Report on vaccination in Madras 1904-1921 - 1904-1921
Year: 1904
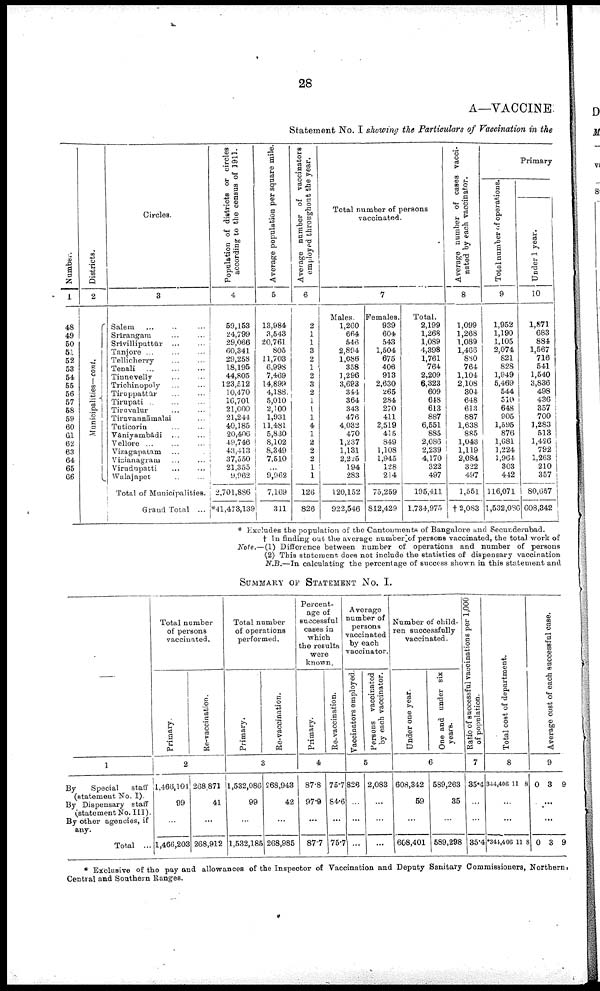
28
A—VACCINE.
Statement No. I showing the Particulars of Vaccination in the
Number.
1
48
49
50
51
52
53
54
55
56
57
58
59
60
61
62
63
64
65
66
Districts.
2
Municipalities— cont.
Circles.
3
Salem ... ... ...
Srirangam ... ...
Srivilliputtūr
...
...
Tanjore ... ... ...
Tellicherry ... ...
Tenali
...
...
...
Tinnevelly ... ...
Trichinopoly ... ...
Tiruppattūr ... ...
Tirupati ... ... ...
Tiruvalur ... ...
Tiruvannāmalai ...
Tuticorin ... ...
Vāniyambadi ... ...
Vellore ... ... ...
Vizagapatam ... ...
Vizianagram ... ...
Virudupatti ... ...
Walajapet ... ...
Total of Municipalities.
Grand Total ...
Population of districts or circles
according to the census of 1911.
4
59,153
24,799
29,066
60,341
29,258
18,195
44,805
123,512
10,470
16,701
21,000
21,244
40,185
20,406
49,746
43,413
37,550
21,355
9,962
2,701,886
*41,473,139
Average population per square mile.
5
13,984
3,543
20,761
805
11,703
6,998
7,469
14,899
4,188
5,010
2,100
1,931
11,481
5,830
8,102
8,349
7,510
...
9,962
7,169
311
Average number of vaccinators
employed throughout the year.
6
2
1
1
3
2
1
2
3
2
1
1
1
4
1
2
2
2
1
1
126
826
Total number of persons
vaccinated.
7
Males.
1,260
664
546
2,894
1,086
358
1,296
3,693
344
364
343
476
4,032
470
1,237
1,131
2,225
194
283
120,152
922,546
Females.
939
604
543
1,504
675
406
913
2,630
265
284
270
411
2,519
415
849
1,108
1,945
128
214
75,259
812,429
Total.
2,199
1,268
1,089
4,398
1,761
764
2,209
6,323
609
648
613
887
6,551
885
2,086
2,239
4,170
322
497
195,411
1,734,975
Average number of cases vacci
nated by each vaccinator.
8
1,099
1,268
1,089
1,466
880
764
1,104
2,108
304
648
613
887
1,638
885
1,043
1,119
2,084
322
497
1,551
† 2,083
Primary
Total number of operations.
9
1,952
1,190
1,105
2,074
821
828
1,949
5,469
544
510
648
905
1,595
876
1,681
1,224
1,964
303
442
116,071
1,532,086
Under 1 year.
10
1,871
683
884
1,567
716
541
1,540
3,836
498
436
357
700
1,283
513
1,426
792
1,263
210
357
80,657
608,342
* Excludes the population of the Cantonments of Bangalore and Secunderabad.
† In finding out the average number of persons vaccinated, the total work of
Note.—(1) Difference between number of operations and number of persons
(2) This statement does not include the statistics of dispensary vaccination
N.B.—In calculating the percentage of success shown in this statement and
SUMMARY OF STATEMENT No. I.
—
1
By
Special
staff
(statement No. I).
By Dispensary staff
(statement No. III).
By other agencies, if
any.
Total ...
Total number
of persons
vaccinated.
Primary.
Re-vaccination.
2
1,466,104
99
...
1,466,203
268,871
41
...
268,912
Total number
of operations
performed.
Primary.
Re-vaccination.
3
1,532,086
99
...
1,532,185
268,943
42
...
268,985
Percent
age of
successful
cases in
which
the results
were
known.
Primary.
Re-vaccination.
4
87.8
97.9
...
877
75.7
84.6
...
75.7
Average
number of
persons
vaccinated
by each
vaccinator.
Vaccinators employed.
Persons vaccicated
by each vaccinator.
5
826
...
...
...
2,083
...
...
...
Number of child
ren successfully
vaccinated.
Under one year.
One and under six
years.
6
608,342
59
...
608,401
589,263
35
...
589,298
Ratio of successful vaccinations per 1,000
of population.
7
35.4
...
...
35.4
Total cost of department.
8
344,406 11 8
...
...
*344,406 11 8
Average cost of each successful case.
9
0 3 9
...
...
0 3 9
* Exclusive of the pay and allowances of the Inspector of Vaccination and Deputy Sanitary Commissioners, Northern,
Central and Southern Ranges.